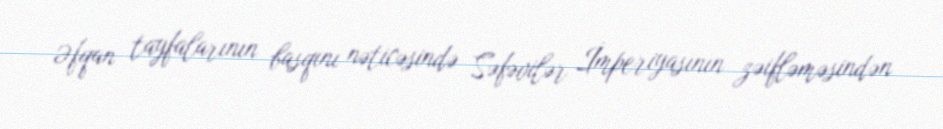
Əfqan tayfalarının basqını nəticəsində Səfəvilər İmperiyasının zəifləməsindən